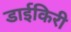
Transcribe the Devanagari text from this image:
डाईकिरी